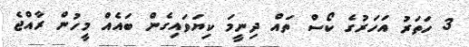
3 ހަތަރު އަހަރުގެ ކޯސް ތައް ދިނީމަ ކިޔަވައިގެން ބައެއް މީހުން ރާއްޖެ